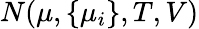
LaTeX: N(\mu,\{ \mu_{i}\} ,T,V)